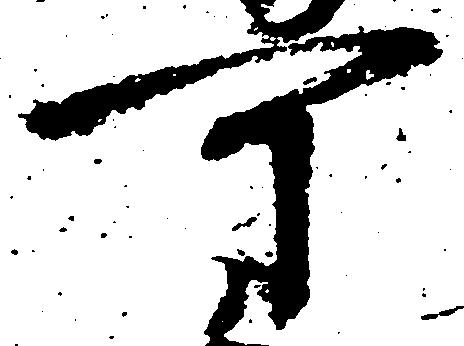
可